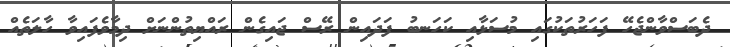
ދެބަސްވާންޖެހޭ ފަހަރުތަކުގައި މުސަޅާއި ކަހަނބު ފަދައިން ރޭސް ޖައިގެން ރައްޔިތުންނަށް ދިމާވެފައިވާ ހާލަތެއް